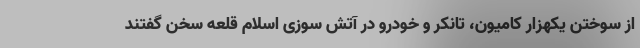
از سوختن یکهزار کامیون، تانکر و خودرو در آتش سوزی اسلام قلعه سخن گفتند